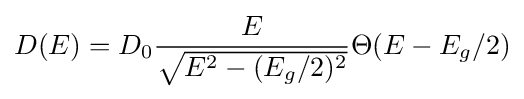
D(E)=D_{0}{\frac {E}{\sqrt {E^{2}-(E_{g}/2)^{2}}}}\Theta (E-E_{g}/2)